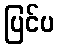
ပြင်ပ